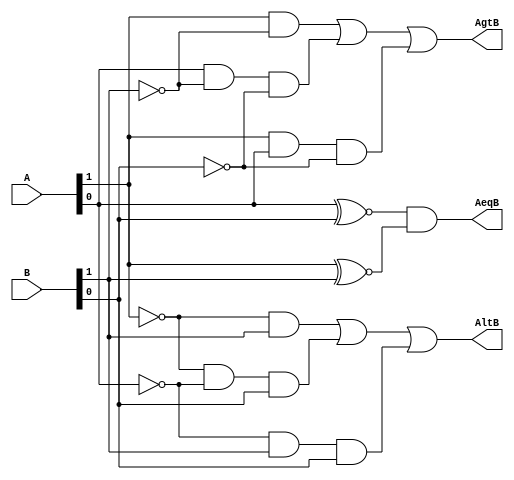
module comp_4b(AgtB,AltB,AeqB,A,B);
input [1:0]A;
input	[1:0]B;
output AgtB,AltB,AeqB;
wire A1,A0,B1,B0;
assign A1 = ~A[1],
	A0 = ~A[0],
	B1 = ~B[1],
	B0 = ~B[0];
assign AgtB = (A[1]&B1)|(A[0]&B1&B0)|(A[1]&A[0]&B0);
assign AltB = (A1&B[1])|(A1&A0&B[0])|(A0&B[1]&B[0]);
assign AeqB = (A[0]~^B[0])&(A[1]~^B[1]);
endmodule